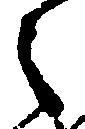
之